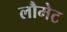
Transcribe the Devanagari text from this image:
लौमेट